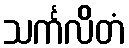
သင်္ကလိတံ